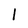
Character: l